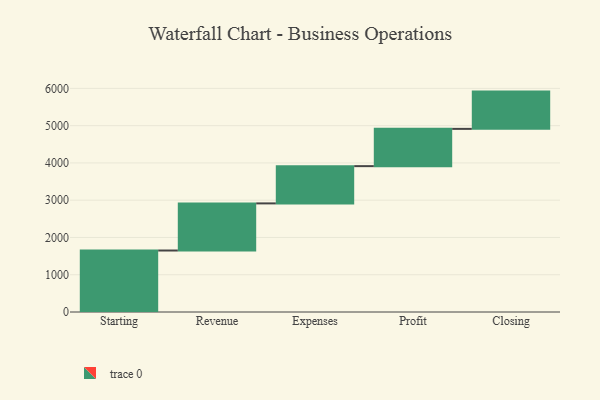
{"axis": {"x": "Step", "y": "Value"}, "legend": [""], "data": [{"x": "Starting", "y": 1650.0, "type": ""}, {"x": "Revenue", "y": 1264.0, "type": ""}, {"x": "Expenses", "y": 1000, "type": ""}, {"x": "Profit", "y": 1000, "type": ""}, {"x": "Closing", "y": 1000, "type": ""}]}